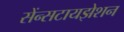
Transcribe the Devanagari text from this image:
सेंन्सटायझेशन